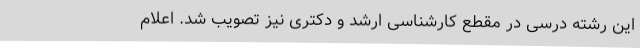
این رشته درسی در مقطع کار‌شناسی ارشد و دکتری نیز تصویب شد. اعلام